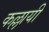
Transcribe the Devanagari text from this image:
कल्लायी